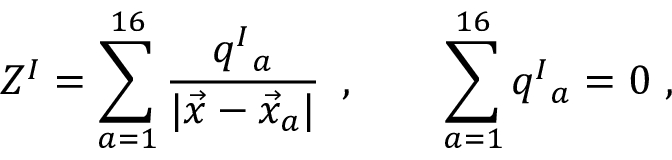
Z ^ { I } = \sum _ { a = 1 } ^ { 1 6 } { \frac { q ^ { I } { } _ { a } } { | \vec { x } - \vec { x } _ { a } | } } \, \ , \qquad \sum _ { a = 1 } ^ { 1 6 } q ^ { I } { } _ { a } = 0 \ ,